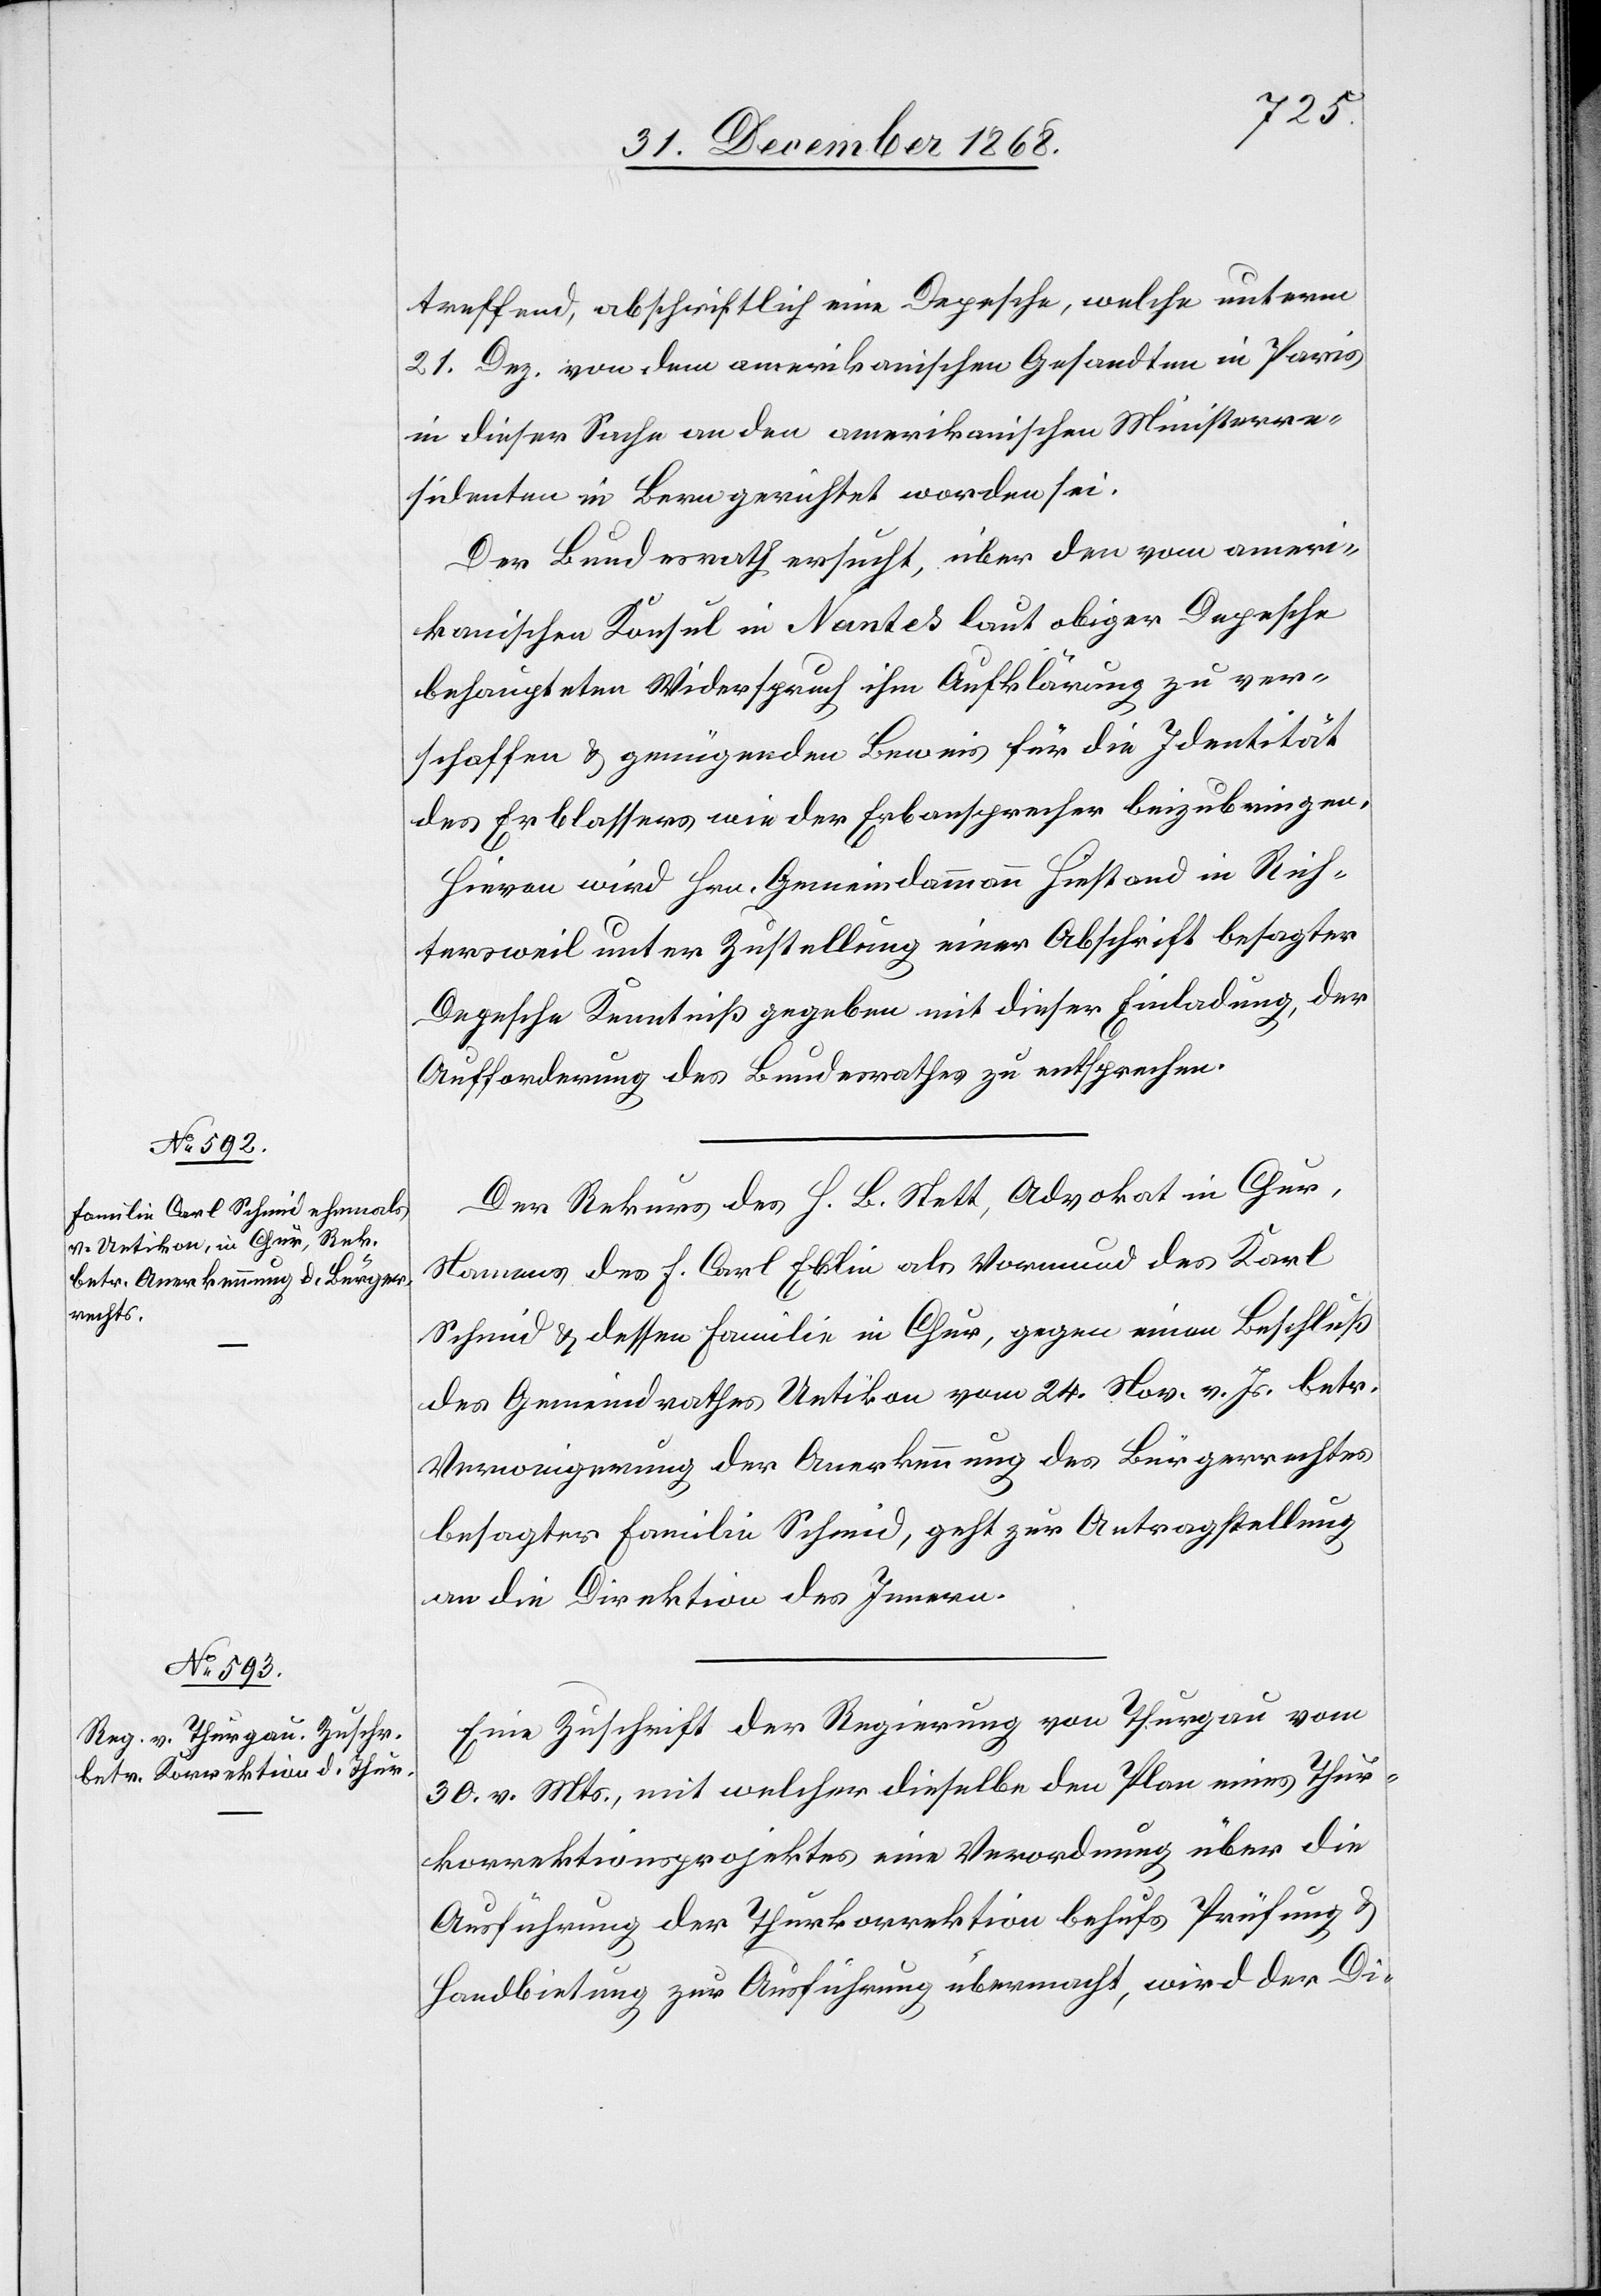
treffend, abschriftlich eine Depesche, welche unterm
21. Dez. von dem amerikanischen Gesandten in Paris
in dieser Sache an den amerikanischen Ministerre¬
sidenten in Bern gerichtet worden sei.
Der Bundesrath ersucht, über den vom ameri¬
kanischen Konsul in Nantes laut obiger Depesche
behaupteten Widerspruch ihm Aufklärung zu ver¬
schaffen & genügenden Beweis für die Identität
des Erblassers wie der Erbansprecher beizubringen.
Hievon wird Hrn. Gemeindammann Hiestand in Rich¬
tersweil unter Zustellung einer Abschrift besagter
Depesche Kenntniß gegeben mit dieser Einladung, der
Aufforderung des Bundesrathes zu entsprechen.
Der Rekurs des H. B. Stett, Advokat in Chur,
Namens des F. Carl Eblin als Vormund des Karl
Schmid & dessen Familie in Chur, gegen einen Beschluß
des Gemeindrathes Uetikon vom 24. Nov. v. Js. betr.
Verweigerung der Anerkennung des Bürgerrechtes
besagter Familie Schmid, geht zur Antragstellung
an die Direktion des Innern.
Eine Zuschrift der Regierung von Thurgau vom
30. v. Mts., mit welcher dieselbe den Plan eines Thur¬
korrektionsprojektes[,] eine Verordnung über die
Ausführung der Thurkorrektion behufs Prüfung &
Handbietung zur Ausführung übermacht, wird der Di-